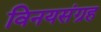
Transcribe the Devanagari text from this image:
विनयसंग्रह